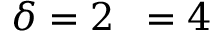
\delta = 2 { \it \Delta \phi } = 4 { \it \Delta \Psi }